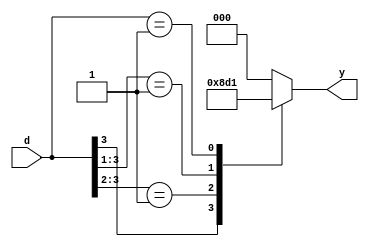
module prio_enc(
  input wire [4:1] d,
  output reg [2:0] y
);

  always @*
    casez(d)
      4'b1??? : y = 3'b100;
      4'b01?? : y = 3'b011;
      4'b001? : y = 3'b010;
      4'b0001 : y = 3'b001;
      default: y = 3'b000;
    endcase
endmodule